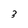
Character: 3